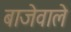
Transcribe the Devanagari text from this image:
बाजेवाले